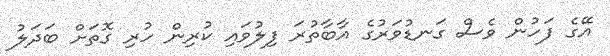
އޭގެ ފަހުން ވެސް ގަނޑުވަރުގެ އާބާތުރަ ފިލުވައި ކުރިން ހުރި ގޮތަށް ބަދަލު